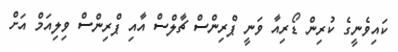
ކައިވެނީގެ ކުރިން ޑޯރިއާ ވަނީ ޕްރިންސް ޗާލްސް އާއި ޕްރިންސް ވިލިއަމް އަށް